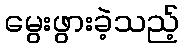
မွေးဖွားခဲ့သည့်